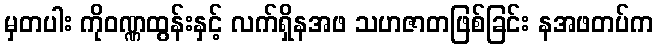
မှတပါး ကိုဝဏ္ဏထွန်းနှင့် လက်ရှိနအဖ သဟဇာတဖြစ်ခြင်း နအဖတပ်က